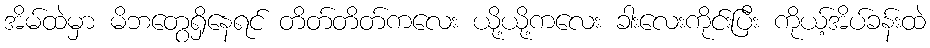
အိမ်ထဲမှာ မိဘတွေရှိနေရင် တိတ်တိတ်ကလေး ယို့ယို့ကလေး ခါးလေးကိုင်းပြီး ကိုယ့်အိပ်ခန်းထဲ